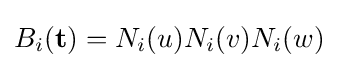
B_{i}(\mathbf {t} )=N_{i}(u)N_{i}(v)N_{i}(w)